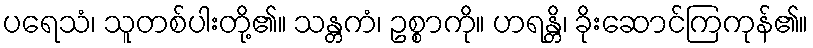
ပရေသံ၊ သူတစ်ပါးတို့၏။ သန္တကံ၊ ဥစ္စာကို။ ဟရန္တိ၊ ခိုးဆောင်ကြကုန်၏။